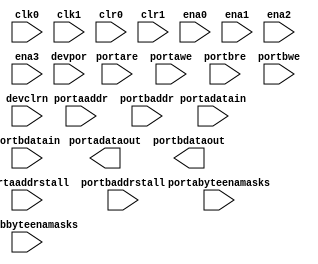
// Copyright (C) 1991-2011 Altera Corporation
// Your use of Altera Corporation's design tools, logic functions 
// and other software and tools, and its AMPP partner logic 
// functions, and any output files from any of the foregoing 
// (including device programming or simulation files), and any 
// associated documentation or information are expressly subject 
// to the terms and conditions of the Altera Program License 
// Subscription Agreement, Altera MegaCore Function License 
// Agreement, or other applicable license agreement, including, 
// without limitation, that your use is for the sole purpose of 
// programming logic devices manufactured by Altera and sold by 
// Altera or its authorized distributors.  Please refer to the 
// applicable agreement for further details.
//////////////////////////////////////////////////////////////////////////
// cycloneiii_ram_block BBOX Model for FV
//////////////////////////////////////////////////////////////////////////
module	cycloneiii_ram_block	(
	clk0,
	clk1,
	clr0,
	clr1,
	ena0,
	ena1,
	ena2,
	ena3,
	portaaddr,
	portaaddrstall,
	portabyteenamasks,
	portadatain,
	portadataout,
	portare,
	portawe,
	portbaddr,
	portbaddrstall,
	portbbyteenamasks,
	portbdatain,
	portbdataout,
	portbre,
	portbwe,
	devclrn, devpor) ;

	parameter	clk0_core_clock_enable = "none";
	parameter	clk0_input_clock_enable = "none";
	parameter	clk0_output_clock_enable = "none";
	parameter	clk1_core_clock_enable = "none";
	parameter	clk1_input_clock_enable = "none";
	parameter	clk1_output_clock_enable = "none";
	parameter	connectivity_checking = "OFF";
	parameter	data_interleave_offset_in_bits = 1;
	parameter	data_interleave_width_in_bits = 1;
	parameter	init_file = "UNUSED";
	parameter	init_file_layout = "UNUSED";
	parameter	init_file_restructured = "UNUSED";
	parameter	logical_ram_name = "unused";
	parameter mem_init0 = 2048'b00000000000000000000000000000000000000000000000000000000000000000000000000000000000000000000000000000000000000000000000000000000000000000000000000000000000000000000000000000000000000000000000000000000000000000000000000000000000000000000000000000000000000000000000000000000000000000000000000000000000000000000000000000000000000000000000000000000000000000000000000000000000000000000000000000000000000000000000000000000000000000000000000000000000000000000000000000000000000000000000000000000000000000000000000000000000000000000000000000000000000000000000000000000000000000000000000000000000000000000000000000000000000000000000000000000000000000000000000000000000000000000000000000000000000000000000000000000000000000000000000000000000000000000000000000000000000000000000000000000000000000000000000000000000000000000000000000000000000000000000000000000000000000000000000000000000000000000000000000000000000000000000000000000000000000000000000000000000000000000000000000000000000000000000000000000000000000000000000000000000000000000000000000000000000000000000000000000000000000000000000000000000000000000000000000000000000000000000000000000000000000000000000000000000000000000000000000000000000000000000000000000000000000000000000000000000000000000000000000000000000000000000000000000000000000000000000000000000000000000000000000000000000000000000000000000000000000000000000000000000000000000000000000000000000000000000000000000000000000000000000000000000000000000000000000000000000000000000000000000000000000000000000000000000000000000000000000000000000000000000000000000000000000000000000000000000000000000000000000000000000000000000000000000000000000000000000000000000000000000000000000000000000000000000000000000000000000000000000000000000000000000000000000000000000000000000000000000000000000000000000000000000000000000000000000000000000000000000000000000000000000000000000000000000000000000000000000000000000000000000000000000000000000000000000000000000000000000000000000000000000000000000000000000000000000000000000000000000000000000000000000000;
	parameter mem_init1 = 2048'b00000000000000000000000000000000000000000000000000000000000000000000000000000000000000000000000000000000000000000000000000000000000000000000000000000000000000000000000000000000000000000000000000000000000000000000000000000000000000000000000000000000000000000000000000000000000000000000000000000000000000000000000000000000000000000000000000000000000000000000000000000000000000000000000000000000000000000000000000000000000000000000000000000000000000000000000000000000000000000000000000000000000000000000000000000000000000000000000000000000000000000000000000000000000000000000000000000000000000000000000000000000000000000000000000000000000000000000000000000000000000000000000000000000000000000000000000000000000000000000000000000000000000000000000000000000000000000000000000000000000000000000000000000000000000000000000000000000000000000000000000000000000000000000000000000000000000000000000000000000000000000000000000000000000000000000000000000000000000000000000000000000000000000000000000000000000000000000000000000000000000000000000000000000000000000000000000000000000000000000000000000000000000000000000000000000000000000000000000000000000000000000000000000000000000000000000000000000000000000000000000000000000000000000000000000000000000000000000000000000000000000000000000000000000000000000000000000000000000000000000000000000000000000000000000000000000000000000000000000000000000000000000000000000000000000000000000000000000000000000000000000000000000000000000000000000000000000000000000000000000000000000000000000000000000000000000000000000000000000000000000000000000000000000000000000000000000000000000000000000000000000000000000000000000000000000000000000000000000000000000000000000000000000000000000000000000000000000000000000000000000000000000000000000000000000000000000000000000000000000000000000000000000000000000000000000000000000000000000000000000000000000000000000000000000000000000000000000000000000000000000000000000000000000000000000000000000000000000000000000000000000000000000000000000000000000000000000000000000000000000000000000;
	parameter mem_init2 = 2048'b00000000000000000000000000000000000000000000000000000000000000000000000000000000000000000000000000000000000000000000000000000000000000000000000000000000000000000000000000000000000000000000000000000000000000000000000000000000000000000000000000000000000000000000000000000000000000000000000000000000000000000000000000000000000000000000000000000000000000000000000000000000000000000000000000000000000000000000000000000000000000000000000000000000000000000000000000000000000000000000000000000000000000000000000000000000000000000000000000000000000000000000000000000000000000000000000000000000000000000000000000000000000000000000000000000000000000000000000000000000000000000000000000000000000000000000000000000000000000000000000000000000000000000000000000000000000000000000000000000000000000000000000000000000000000000000000000000000000000000000000000000000000000000000000000000000000000000000000000000000000000000000000000000000000000000000000000000000000000000000000000000000000000000000000000000000000000000000000000000000000000000000000000000000000000000000000000000000000000000000000000000000000000000000000000000000000000000000000000000000000000000000000000000000000000000000000000000000000000000000000000000000000000000000000000000000000000000000000000000000000000000000000000000000000000000000000000000000000000000000000000000000000000000000000000000000000000000000000000000000000000000000000000000000000000000000000000000000000000000000000000000000000000000000000000000000000000000000000000000000000000000000000000000000000000000000000000000000000000000000000000000000000000000000000000000000000000000000000000000000000000000000000000000000000000000000000000000000000000000000000000000000000000000000000000000000000000000000000000000000000000000000000000000000000000000000000000000000000000000000000000000000000000000000000000000000000000000000000000000000000000000000000000000000000000000000000000000000000000000000000000000000000000000000000000000000000000000000000000000000000000000000000000000000000000000000000000000000000000000000000000000000;
	parameter mem_init3 = 2048'b00000000000000000000000000000000000000000000000000000000000000000000000000000000000000000000000000000000000000000000000000000000000000000000000000000000000000000000000000000000000000000000000000000000000000000000000000000000000000000000000000000000000000000000000000000000000000000000000000000000000000000000000000000000000000000000000000000000000000000000000000000000000000000000000000000000000000000000000000000000000000000000000000000000000000000000000000000000000000000000000000000000000000000000000000000000000000000000000000000000000000000000000000000000000000000000000000000000000000000000000000000000000000000000000000000000000000000000000000000000000000000000000000000000000000000000000000000000000000000000000000000000000000000000000000000000000000000000000000000000000000000000000000000000000000000000000000000000000000000000000000000000000000000000000000000000000000000000000000000000000000000000000000000000000000000000000000000000000000000000000000000000000000000000000000000000000000000000000000000000000000000000000000000000000000000000000000000000000000000000000000000000000000000000000000000000000000000000000000000000000000000000000000000000000000000000000000000000000000000000000000000000000000000000000000000000000000000000000000000000000000000000000000000000000000000000000000000000000000000000000000000000000000000000000000000000000000000000000000000000000000000000000000000000000000000000000000000000000000000000000000000000000000000000000000000000000000000000000000000000000000000000000000000000000000000000000000000000000000000000000000000000000000000000000000000000000000000000000000000000000000000000000000000000000000000000000000000000000000000000000000000000000000000000000000000000000000000000000000000000000000000000000000000000000000000000000000000000000000000000000000000000000000000000000000000000000000000000000000000000000000000000000000000000000000000000000000000000000000000000000000000000000000000000000000000000000000000000000000000000000000000000000000000000000000000000000000000000000000000000000000000000;
	parameter mem_init4 = 2048'b00000000000000000000000000000000000000000000000000000000000000000000000000000000000000000000000000000000000000000000000000000000000000000000000000000000000000000000000000000000000000000000000000000000000000000000000000000000000000000000000000000000000000000000000000000000000000000000000000000000000000000000000000000000000000000000000000000000000000000000000000000000000000000000000000000000000000000000000000000000000000000000000000000000000000000000000000000000000000000000000000000000000000000000000000000000000000000000000000000000000000000000000000000000000000000000000000000000000000000000000000000000000000000000000000000000000000000000000000000000000000000000000000000000000000000000000000000000000000000000000000000000000000000000000000000000000000000000000000000000000000000000000000000000000000000000000000000000000000000000000000000000000000000000000000000000000000000000000000000000000000000000000000000000000000000000000000000000000000000000000000000000000000000000000000000000000000000000000000000000000000000000000000000000000000000000000000000000000000000000000000000000000000000000000000000000000000000000000000000000000000000000000000000000000000000000000000000000000000000000000000000000000000000000000000000000000000000000000000000000000000000000000000000000000000000000000000000000000000000000000000000000000000000000000000000000000000000000000000000000000000000000000000000000000000000000000000000000000000000000000000000000000000000000000000000000000000000000000000000000000000000000000000000000000000000000000000000000000000000000000000000000000000000000000000000000000000000000000000000000000000000000000000000000000000000000000000000000000000000000000000000000000000000000000000000000000000000000000000000000000000000000000000000000000000000000000000000000000000000000000000000000000000000000000000000000000000000000000000000000000000000000000000000000000000000000000000000000000000000000000000000000000000000000000000000000000000000000000000000000000000000000000000000000000000000000000000000000000000000000000000000000;
	parameter	mixed_port_feed_through_mode = "UNUSED";
	parameter	operation_mode = "unused";
	parameter	port_a_address_clear = "UNUSED";
	parameter	port_a_address_width = 1;
	parameter	port_a_byte_enable_mask_width = 1;
	parameter	port_a_byte_size = 8;
	parameter	port_a_data_out_clear = "UNUSED";
	parameter	port_a_data_out_clock = "none";
	parameter	port_a_data_width = 1;
	parameter	port_a_first_address = 1;
	parameter	port_a_first_bit_number = 1;
	parameter	port_a_last_address = 1;
	parameter	port_a_logical_ram_depth = 0;
	parameter	port_a_logical_ram_width = 0;
	parameter	port_a_read_during_write_mode = "new_data_no_nbe_read";
	parameter	port_b_address_clear = "UNUSED";
	parameter	port_b_address_clock = "UNUSED";
	parameter	port_b_address_width = 1;
	parameter	port_b_byte_enable_clock = "UNUSED";
	parameter	port_b_byte_enable_mask_width = 1;
	parameter	port_b_byte_size = 8;
	parameter	port_b_data_in_clock = "UNUSED";
	parameter	port_b_data_out_clear = "UNUSED";
	parameter	port_b_data_out_clock = "none";
	parameter	port_b_data_width = 1;
	parameter	port_b_first_address = 0;
	parameter	port_b_first_bit_number = 0;
	parameter	port_b_last_address = 0;
	parameter	port_b_logical_ram_depth = 0;
	parameter	port_b_logical_ram_width = 0;
	parameter	port_b_read_during_write_mode = "new_data_no_nbe_read";
	parameter	port_b_read_enable_clock = "UNUSED";
	parameter	port_b_write_enable_clock = "UNUSED";
	parameter	power_up_uninitialized = "false";
	parameter	ram_block_type = "unused";
	parameter	safe_write = "ERR_ON_2CLK";
	parameter	lpm_type = "cycloneiii_ram_block";
	parameter	lpm_hint = "unused";

	input	clk0;
	input	clk1;
	input	clr0;
	input	clr1;
	input	ena0;
	input	ena1;
	input	ena2;
	input	ena3;
	input	[port_a_address_width-1:0]	portaaddr;
	input	portaaddrstall;
	input	[port_a_byte_enable_mask_width-1:0]	portabyteenamasks;
	input	[port_a_data_width-1:0]	portadatain;
	output	[port_a_data_width-1:0]	portadataout;
	input	portare;
	input	portawe;
	input	[port_b_address_width-1:0]	portbaddr;
	input	portbaddrstall;
	input	[port_b_byte_enable_mask_width-1:0]	portbbyteenamasks;
	input	[port_b_data_width-1:0]	portbdatain;
	output	[port_b_data_width-1:0]	portbdataout;
	input	portbre;
	input	portbwe;
	input devclrn, devpor;

endmodule //cycloneiii_ram_block